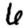
Digit: 6